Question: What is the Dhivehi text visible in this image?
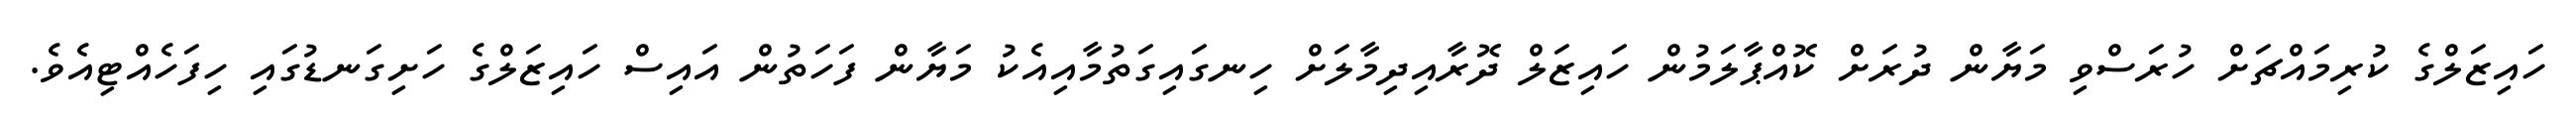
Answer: ހައިޒަލްގެ ކުރިމައްޗަށް ހުރަސްވި މަޔާން ދުރަށް ކޮއްޕާލަމުން ހައިޒަލް ދޮރާއިދިމާލަށް ހިނގައިގަތުމާއިއެކު މަޔާން ފަހަތުން އައިސް ހައިޒަލްގެ ހަށިގަނޑުގައި ހިފަހެއްޓިއެވެ.